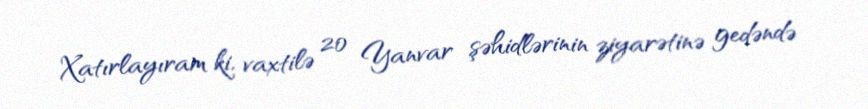
Xatırlayıram ki, vaxtilə 20 Yanvar şəhidlərinin ziyarətinə gedəndə